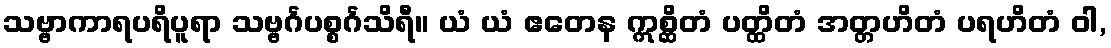
သဗ္ဗာကာရပရိပူရာ သဗ္ဗင်္ဂပစ္စင်္ဂသိရီ။ ယံ ယံ ဧတေန ဣစ္ဆိတံ ပတ္ထိတံ အတ္တဟိတံ ပရဟိတံ ဝါ,